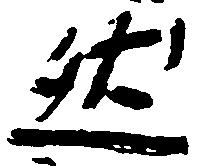
然